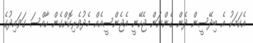
އެކަމަކު އެ ބިދޭސީން ދެން ގެންނަން ޖެހޭނީ އެޖެންސީއެއް މެދުވެެރިކޮށްގެން ހާއްސަ ގަވައިދުގެ